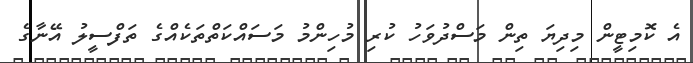
އެ ކޮމިޓީން މިދިޔަ ތިން މަސްދުވަހު ކުރި މުހިންމު މަސައްކަތްތަކެއްގެ ތަފްސީލު އޭނާގެ